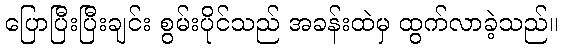
ပြောပြီးပြီးချင်း စွမ်းပိုင်သည် အခန်းထဲမှ ထွက်လာခဲ့သည်။